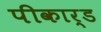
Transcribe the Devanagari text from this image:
पीकार्ड